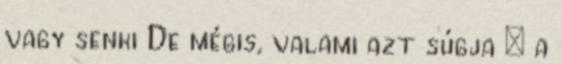
vagy senki De mégis, valami azt súgja – a